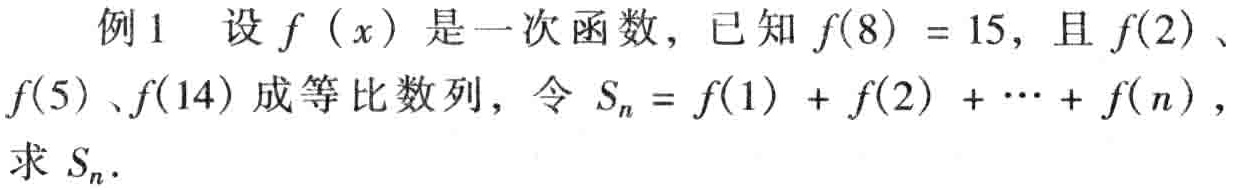
例1 设\(f(x)\)是一次函数，已知\(f(8)=15\)，且\(f(2)\)、\(f(5)\)、\(f(14)\)成等比数列，令\(S_{n}=f(1)+f(2)+\cdots +f(n)\)，求\(S_{n}\)。